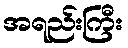
အရည်းကြီး